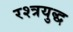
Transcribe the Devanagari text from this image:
रश्त्रयुद्ध